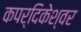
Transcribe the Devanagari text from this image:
कपर्दिकेश्वर